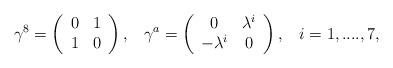
LaTeX: \begin{align*}\gamma^{8}=\left(\begin{array}{cc}0 & 1\\ 1 & 0 \end{array}\right),\;\;\;\gamma^{a}=\left(\begin{array}{cc}0 & \lambda^{i}\\ -\lambda^{i} & 0 \end{array}\right),\;\;\;i=1,....,7,\end{align*}